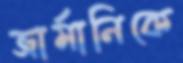
জার্মানিকে